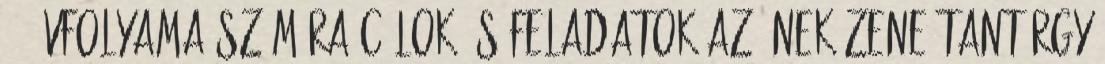
3. évfolyama számára Célok és feladatok Az ének-zene tantárgy